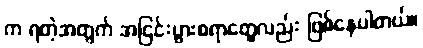
က ရတဲ့အတွက် အငြင်းပွားစရာတွေလည်း ဖြစ်နေပါတယ်။